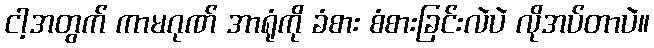
ငါ့အတွက် ကာမဂုဏ် အာရုံကို ခံစား စံစားခြင်းလဲပဲ လိုအပ်တာပဲ။